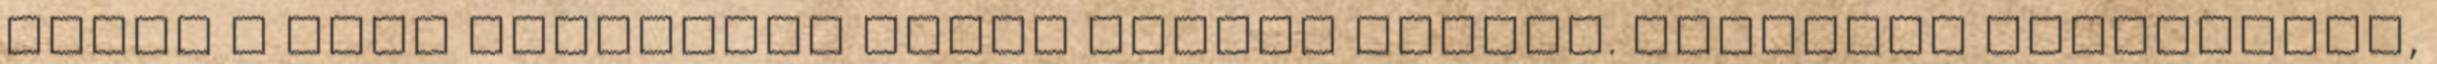
kerül a nagy fejedelem egész alakos szobra. Tisztelt elõfizetõk,